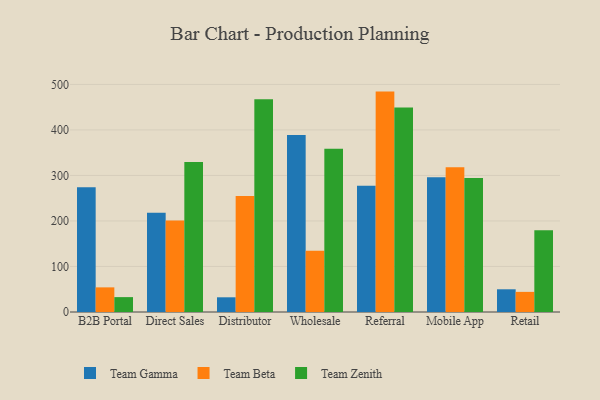
{"axis": {"x": "Channel", "y": "Backlog"}, "legend": ["Team Beta", "Team Gamma", "Team Zenith"], "data": [{"x": "B2B Portal", "y": 273.9, "type": "Team Gamma"}, {"x": "B2B Portal", "y": 54.1, "type": "Team Beta"}, {"x": "B2B Portal", "y": 32.7, "type": "Team Zenith"}, {"x": "Direct Sales", "y": 218.0, "type": "Team Gamma"}, {"x": "Direct Sales", "y": 201.1, "type": "Team Beta"}, {"x": "Direct Sales", "y": 329.7, "type": "Team Zenith"}, {"x": "Distributor", "y": 32.3, "type": "Team Gamma"}, {"x": "Distributor", "y": 254.7, "type": "Team Beta"}, {"x": "Distributor", "y": 467.6, "type": "Team Zenith"}, {"x": "Wholesale", "y": 388.9, "type": "Team Gamma"}, {"x": "Wholesale", "y": 134.3, "type": "Team Beta"}, {"x": "Wholesale", "y": 358.9, "type": "Team Zenith"}, {"x": "Referral", "y": 277.2, "type": "Team Gamma"}, {"x": "Referral", "y": 484.2, "type": "Team Beta"}, {"x": "Referral", "y": 449.4, "type": "Team Zenith"}, {"x": "Mobile App", "y": 295.8, "type": "Team Gamma"}, {"x": "Mobile App", "y": 318.1, "type": "Team Beta"}, {"x": "Mobile App", "y": 294.4, "type": "Team Zenith"}, {"x": "Retail", "y": 49.9, "type": "Team Gamma"}, {"x": "Retail", "y": 44.2, "type": "Team Beta"}, {"x": "Retail", "y": 179.8, "type": "Team Zenith"}]}